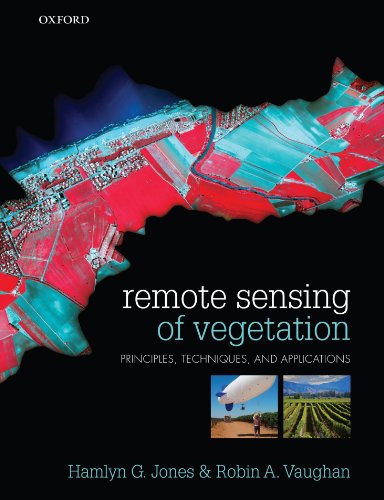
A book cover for Remote Sensing of Vegetation: Principles, Techniques, and Applications; Hamlyn G Jones; Engineering & Transportation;